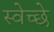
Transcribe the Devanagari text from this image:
स्वेच्छे